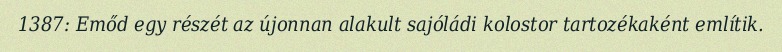
1387: Emőd egy részét az újonnan alakult sajóládi kolostor tartozékaként említik.